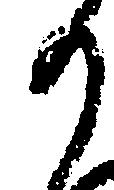
か